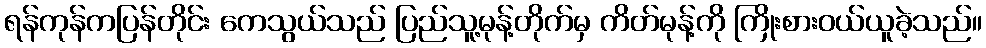
ရန်ကုန်ကပြန်တိုင်း ကေသွယ်သည် ပြည်သူ့မုန့်တိုက်မှ ကိတ်မုန့်ကို ကြိုးစားဝယ်ယူခဲ့သည်။